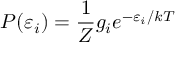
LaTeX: P ( \varepsilon _ { i } ) = { \frac { 1 } { Z } } g _ { i } e ^ { - \varepsilon _ { i } / k T }